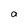
Character: a